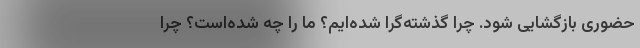
حضوری بازگشایی شود. چرا گذشته‌گرا شده‌ایم؟ ما را چه شده‌است؟ چرا